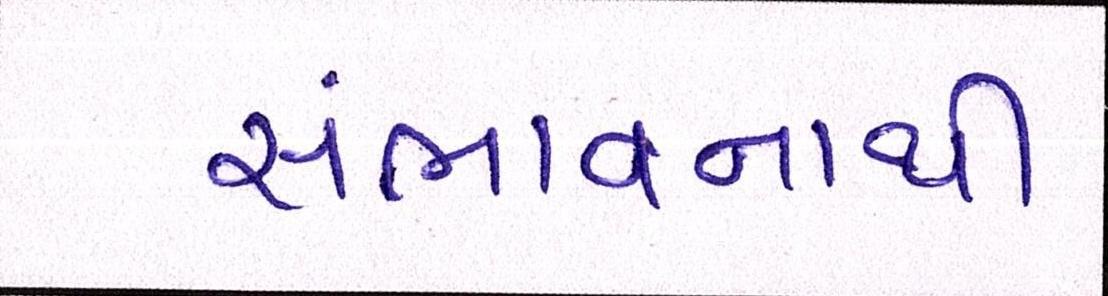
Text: સંભાવનાથી